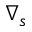
\nabla _ { s }